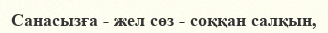
Санасызға - жел сөз - соққан салқын,